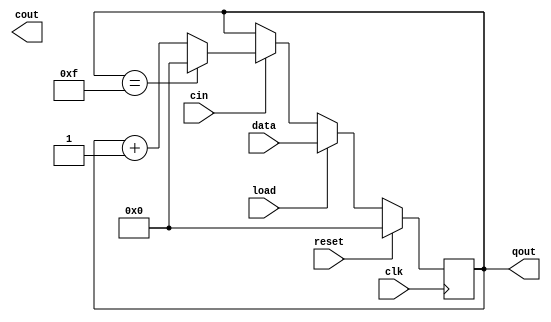
module bcd_mod16(qout, cout, data, load, cin, reset ,clk);
	 output [3:0] qout;
	 output 			cout;
	 input [3:0] 	data;

	 input 				load, cin, reset, clk;
	 reg [3:0] 		qout;
	 always @ (posedge clk)
		 if(reset)
			 qout = 0;
		 else if(load)
			 qout = data;
		 else if(cin)
			 if(qout == 15)
				 qout = 0;
			 else
				 qout = qout + 1;
endmodule // bcd_mod16